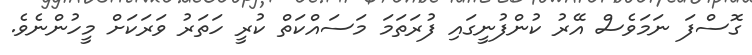
ގޮސްފަ ނަމަވެސް އޭރު ކުންފުނީގައި ފުރަތަމަ މަސައްކަތް ކުރީ ހަތަރު ވަރަކަށް މީހުންނެވެ.